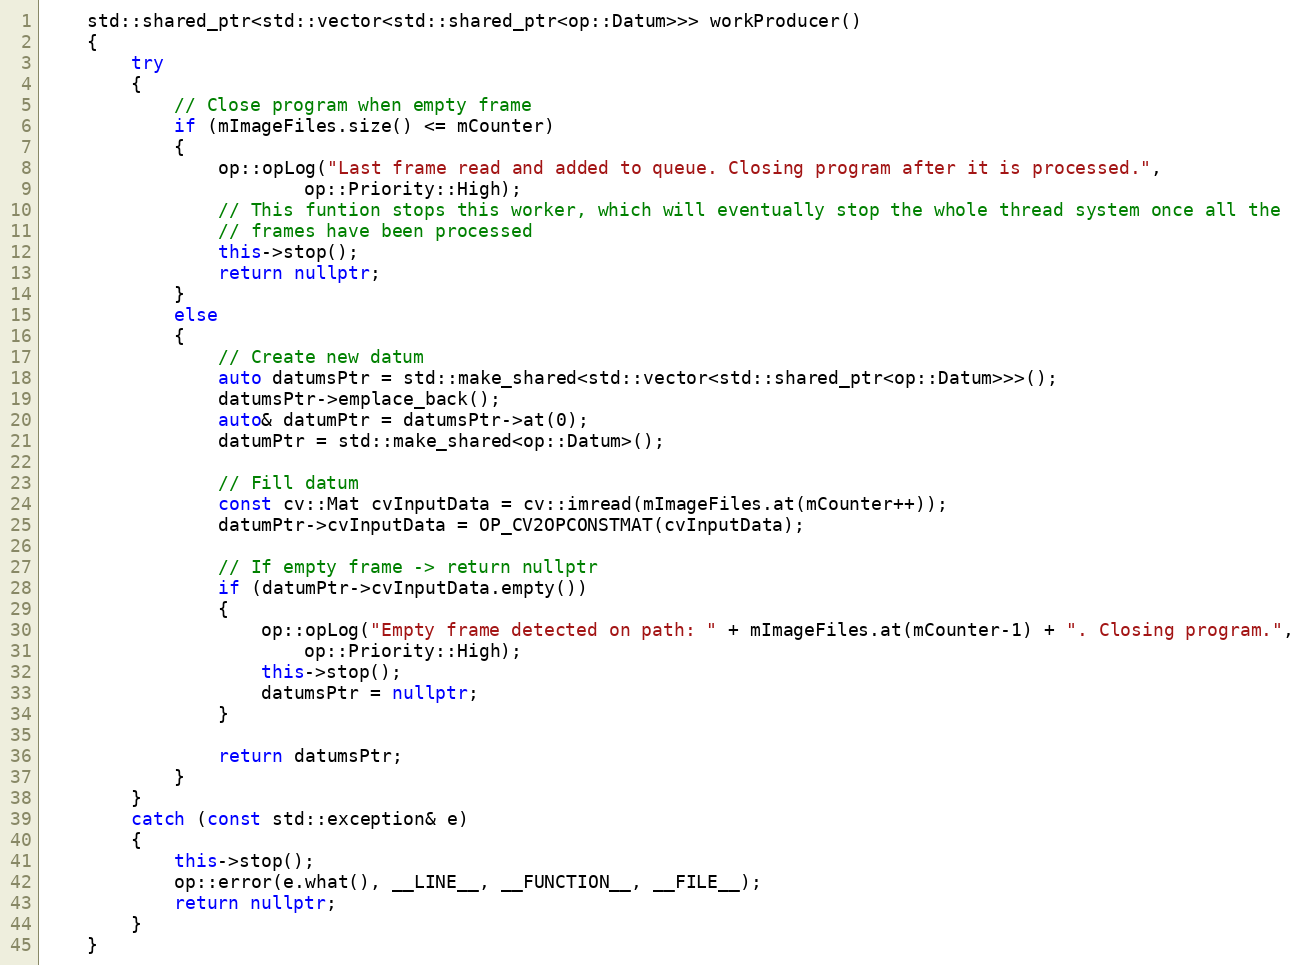
Language: C++
    std::shared_ptr<std::vector<std::shared_ptr<op::Datum>>> workProducer()
    {
        try
        {
            // Close program when empty frame
            if (mImageFiles.size() <= mCounter)
            {
                op::opLog("Last frame read and added to queue. Closing program after it is processed.",
                        op::Priority::High);
                // This funtion stops this worker, which will eventually stop the whole thread system once all the
                // frames have been processed
                this->stop();
                return nullptr;
            }
            else
            {
                // Create new datum
                auto datumsPtr = std::make_shared<std::vector<std::shared_ptr<op::Datum>>>();
                datumsPtr->emplace_back();
                auto& datumPtr = datumsPtr->at(0);
                datumPtr = std::make_shared<op::Datum>();

                // Fill datum
                const cv::Mat cvInputData = cv::imread(mImageFiles.at(mCounter++));
                datumPtr->cvInputData = OP_CV2OPCONSTMAT(cvInputData);

                // If empty frame -> return nullptr
                if (datumPtr->cvInputData.empty())
                {
                    op::opLog("Empty frame detected on path: " + mImageFiles.at(mCounter-1) + ". Closing program.",
                        op::Priority::High);
                    this->stop();
                    datumsPtr = nullptr;
                }

                return datumsPtr;
            }
        }
        catch (const std::exception& e)
        {
            this->stop();
            op::error(e.what(), __LINE__, __FUNCTION__, __FILE__);
            return nullptr;
        }
    }